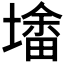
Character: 𰊮